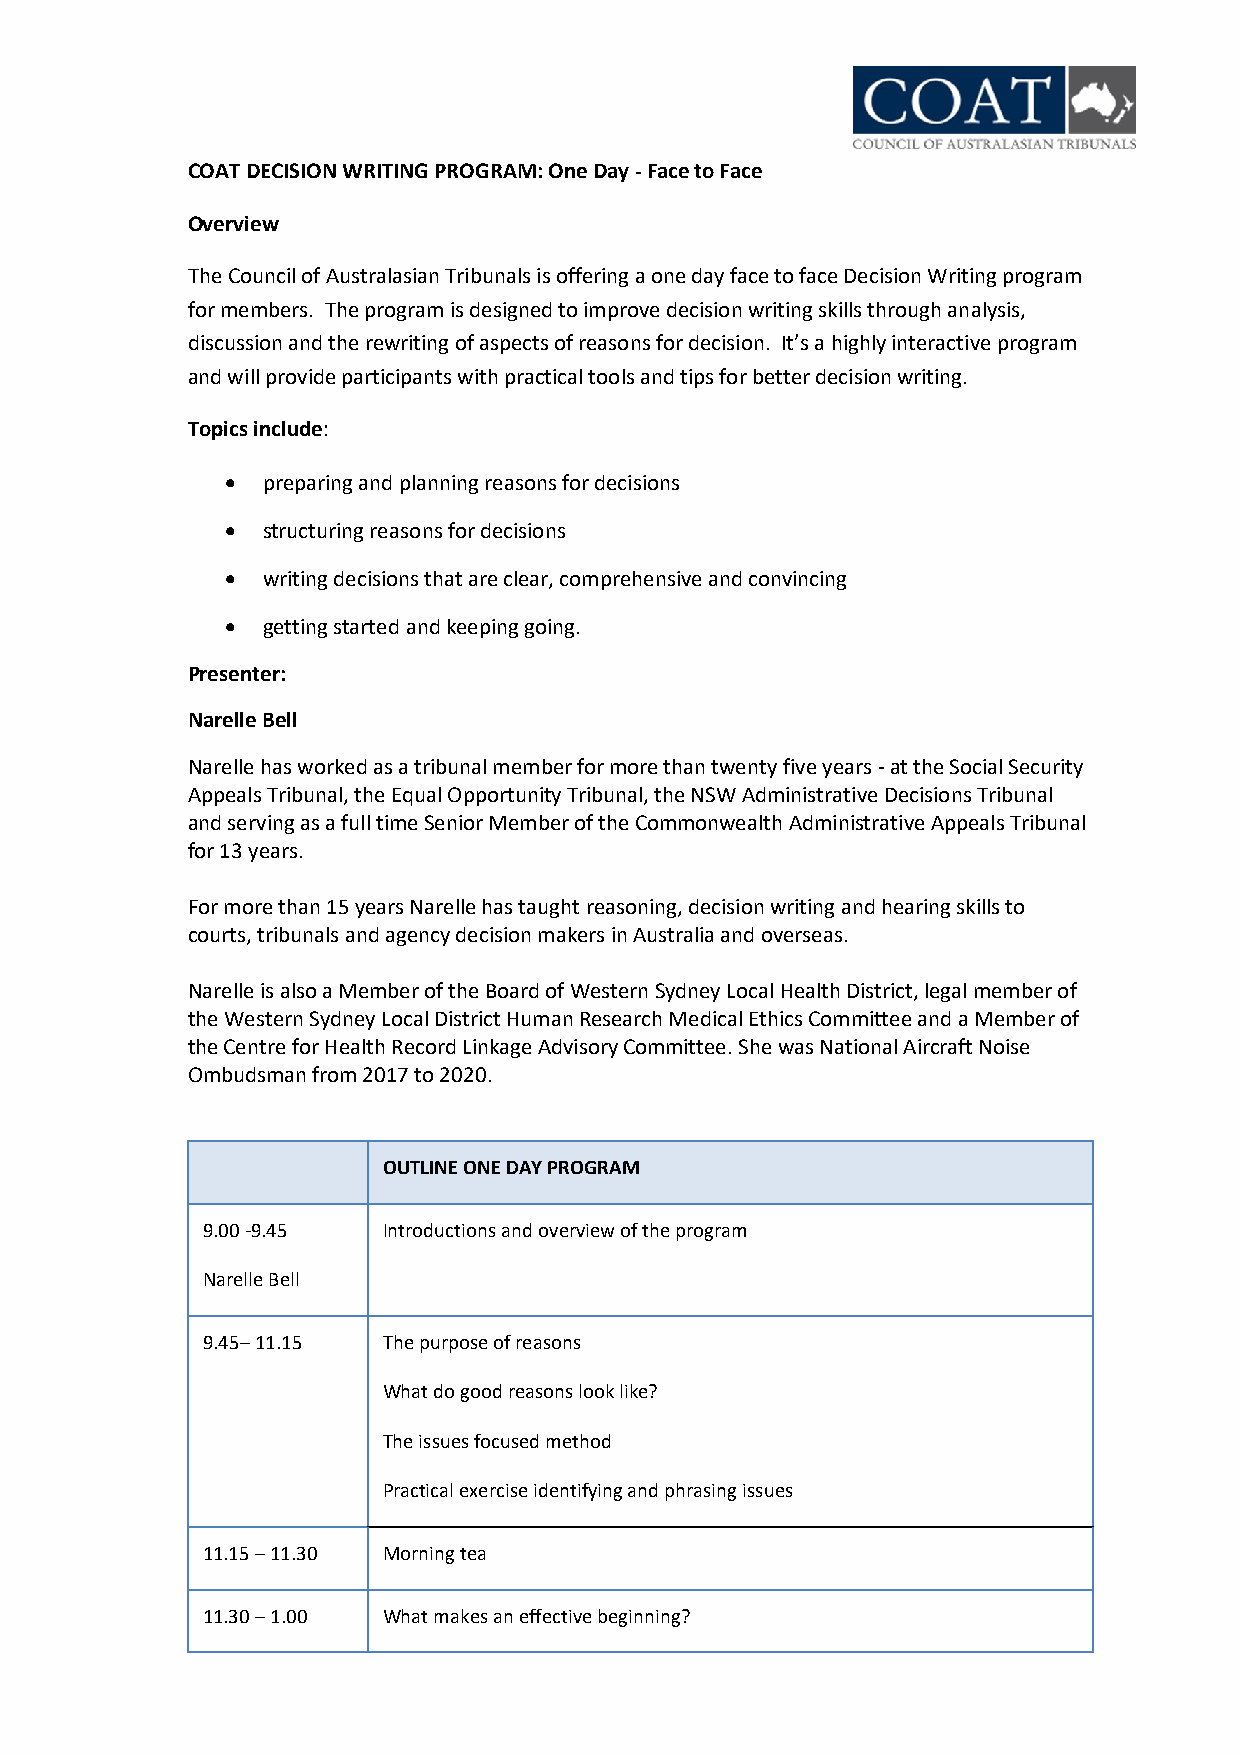
COAT DECISION WRITING PROGRAM: One Day - Face to Face
 Overview
 The Council of Australasian Tribunals is offering a one day face to face Decision Writing program
 for members. The program is designed to improve decision writing skills through analysis,
 discussion and the rewriting of aspects of reasons for decision. It’s a highly interactive program
 and will provide participants with practical tools and tips for better decision writing.
 Topics include:
 • preparing and planning reasons for decisions
 • structuring reasons for decisions
 • writing decisions that are clear, comprehensive and convincing
 • getting started and keeping going.
 Presenter:
 Narelle Bell
 Narelle has worked as a tribunal member for more than twenty five years - at the Social Security
 Appeals Tribunal, the Equal Opportunity Tribunal, the NSW Administrative Decisions Tribunal
 and serving as a full time Senior Member of the Commonwealth Administrative Appeals Tribunal
 for 13 years.
 For more than 15 years Narelle has taught reasoning, decision writing and hearing skills to
 courts, tribunals and agency decision makers in Australia and overseas.
 Narelle is also a Member of the Board of Western Sydney Local Health District, legal member of
 the Western Sydney Local District Human Research Medical Ethics Committee and a Member of
 the Centre for Health Record Linkage Advisory Committee. She was National Aircraft Noise
 Ombudsman from 2017 to 2020.
 OUTLINE ONE DAY PROGRAM
 9.00 -9.45  Introductions and overview of the program
 Narelle Bell
 9.45– 11.15 The purpose of reasons
 What do good reasons look like?
 The issues focused method
 Practical exercise identifying and phrasing issues
 11.15 – 11.30 Morning tea
 11.30 – 1.00 What makes an effective beginning?